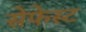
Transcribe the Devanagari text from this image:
सेफेस्ट